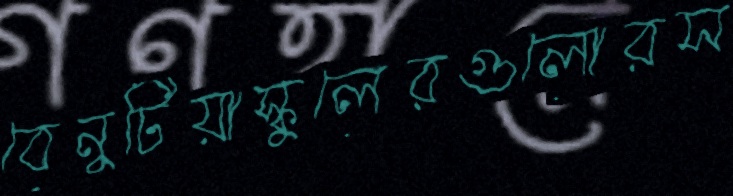
বেনুটিয়াস্কুলেরগুলোরস